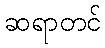
ဆရာတင်